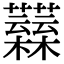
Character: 𧅟